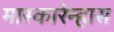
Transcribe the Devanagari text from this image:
मास्कारेन्हास